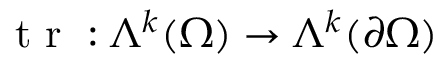
\textrm { t r } : \Lambda ^ { k } ( \Omega ) \to \Lambda ^ { k } ( \partial \Omega )